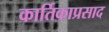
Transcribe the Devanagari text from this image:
कार्तिकाप्रसाद